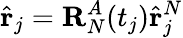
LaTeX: \hat{\mathbf{r}}_{j}=\mathbf{R}_{N}^{A}(t_{j})\hat{\mathbf{r}}_{j}^{N}